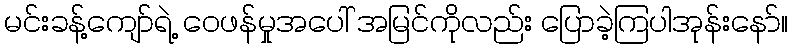
မင်းခန့်ကျော်ရဲ့ ဝေဖန်မှုအပေါ် အမြင်ကိုလည်း ပြောခဲ့ကြပါအုန်းနော်။